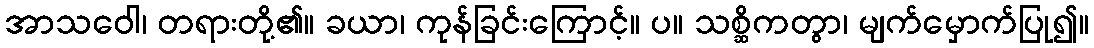
အာသဝေါ၊ တရားတို့၏။ ခယာ၊ ကုန်ခြင်းကြောင့်။ ပ။ သစ္ဆိကတွာ၊ မျက်မှောက်ပြု၍။